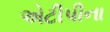
એટીપીના